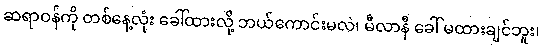
ဆရာဝန်ကို တစ်နေ့လုံး ခေါ်ထားလို့ ဘယ်ကောင်းမလဲ၊ မီလာနီ ခေါ် မထားချင်ဘူး၊